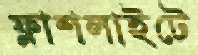
ফ্লাশলাইটে